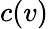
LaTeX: c(v)